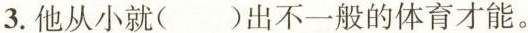
3.他从小就()出不一般的体育才能。